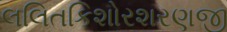
લલિતકિશોરશરણજી